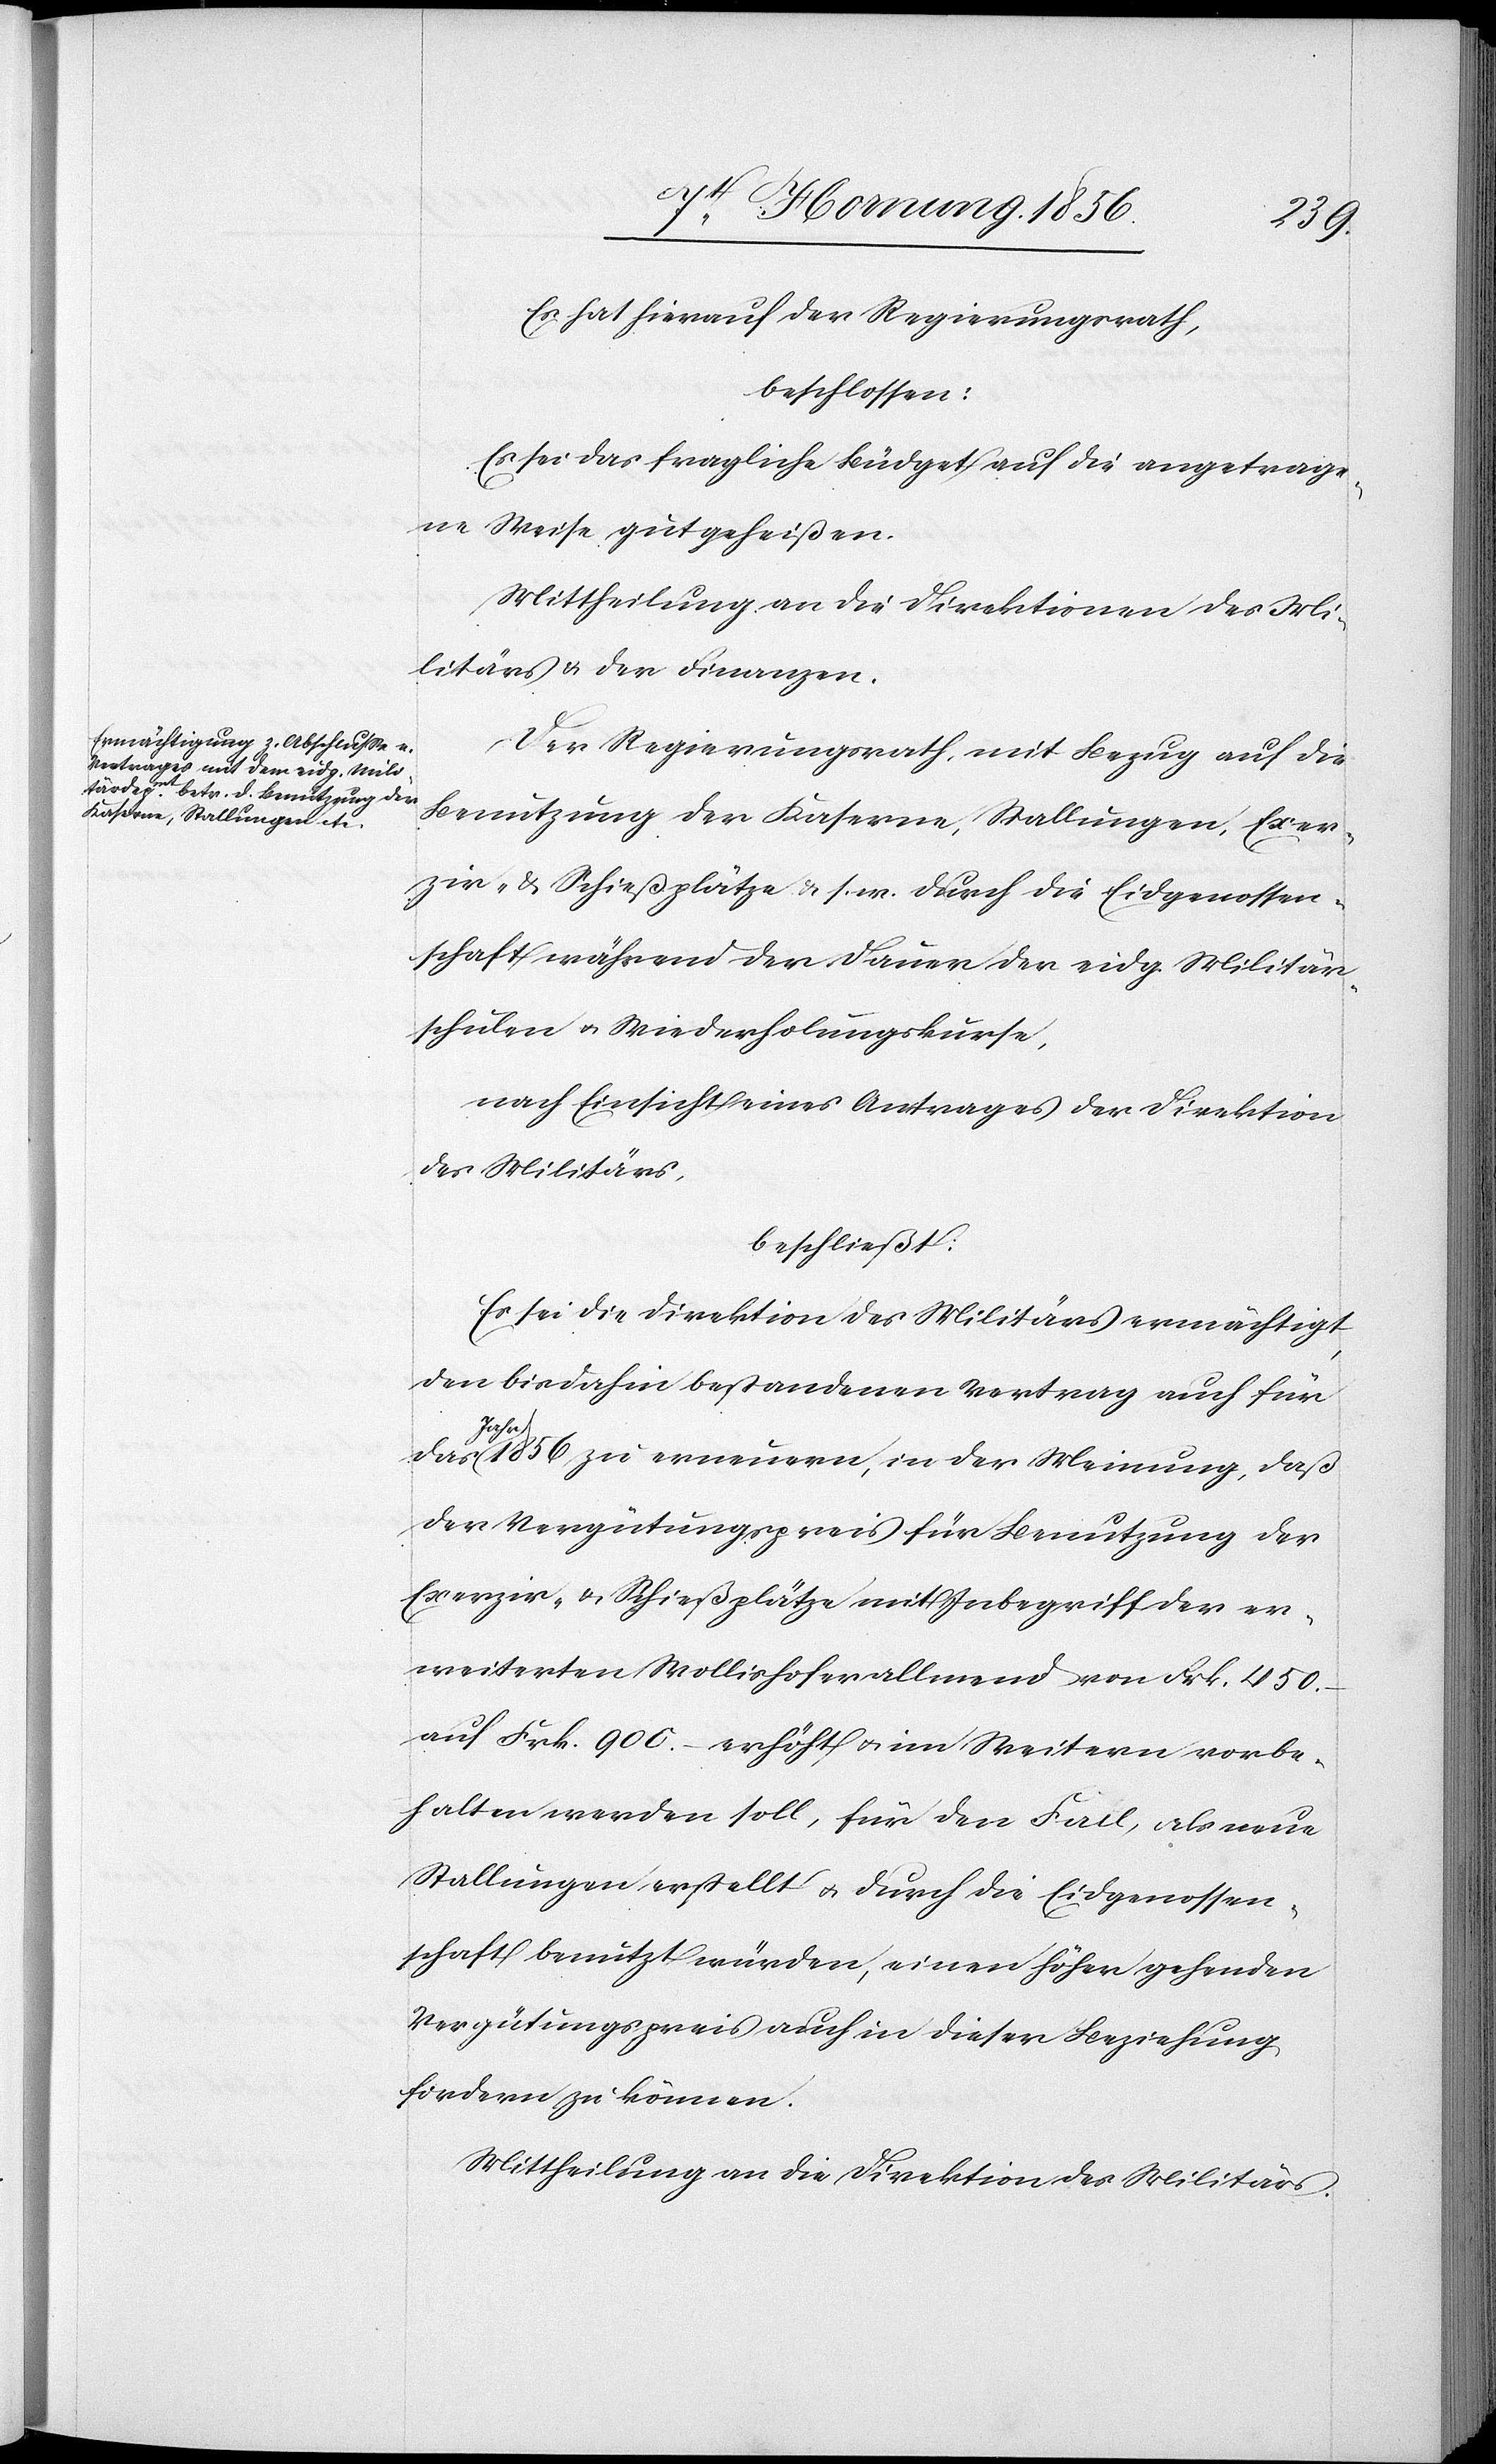
Es hat hierauf der Regierungsrath,
beschlossen:
Es sei das fragliche Büdget auf die angetrage¬
ne Weise gutgeheißen.
Mittheilung an die Direktionen des Mi¬
litärs u. der Finanzen.
Der Regierungsrath, mit Bezug auf die
Benutzung der Kaserne, Stallungen, Exer¬
zir- & Schießplätze u. s. w. durch die Eidgenossen¬
schaft während der Dauer der eidg. Militär¬
schulen u. Wiederholungskurse,
nach Einsicht eines Antrages der Direktion
des Militärs,
beschließt:
Es sei die Direktion des Militärs ermächtigt,
den bis dahin bestandenen Vertrag auch für
a-Jahr-a 1856 zu erneuern, in der Meinung, daß
der Vergütungspreis für Benutzung der
Exerzir- u. Schießplätze mit Inbegriff der er¬
weiterten Wollishoferallmend von Frk. 450.-
auf Frk. 900.- erhöht u. im Weitern vorbe¬
halten werden soll, für den Fall, als neue
Stallungen erstellt u. durch die Eidgenossen¬
schaft benutzt würden, einen höher gehenden
Vergütungspreis auch in dieser Beziehung
fordern zu können.
Mittheilung an die Direktion des Militärs.